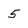
Character: 5